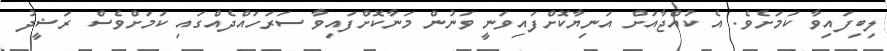
ލިބިފައިވާ ކަމަށެވެ. އެ ކުއްޖާއަށް އަނިޔާކޮށްފައިވަނީ ވަނުން މަނާކޮށްފައިވާ ސަރަހައްދެއްގައި ކަމަށްވެސް ރަޝީދު